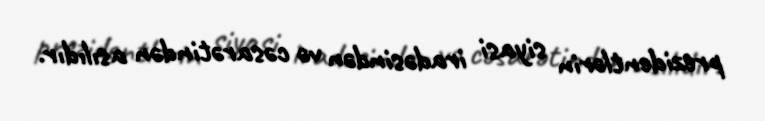
prezidentlərin siyasi iradəsindən və cəsarətindən asılıdır.